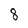
Character: 8